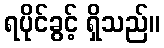
ရပိုင်ခွင့် ရှိသည်။